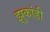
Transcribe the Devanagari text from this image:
झुकांडी